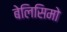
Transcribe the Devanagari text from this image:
बेलिसिमो